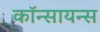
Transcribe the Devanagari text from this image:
कॉन्सायन्स